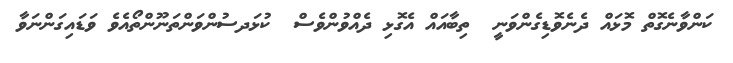
ކަންވާނެގޮތް މޮޅައް ދެނެވޮޑިގެންވަނީ  ތިބާއައް އެގޮޅި ދެއްވުންވެސް  ކުޅަދސުންވަންތަނޫންތޯއެވެ ވަޑައިގަންނަވާ